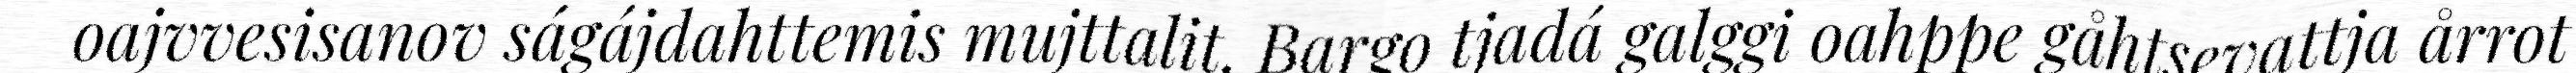
oajvvesisanov ságájdahttemis mujttalit. Bargo tjadá galggi oahppe gåhtsevattja årrot